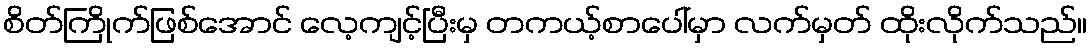
စိတ်ကြိုက်ဖြစ်အောင် လေ့ကျင့်ပြီးမှ တကယ့်စာပေါ်မှာ လက်မှတ် ထိုးလိုက်သည်။